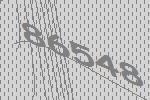
86548